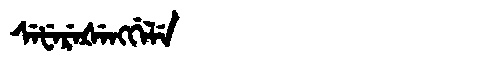
Manchu: ᠰᡝᡶᡝᡵᡝᡧᡝᠩᡤᡝᠯᡝ
Romanization: SEFEREŠENGGELE